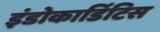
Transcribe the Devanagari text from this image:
इंडोकार्डिटिस